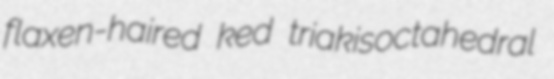
flaxen-haired ked triakisoctahedral